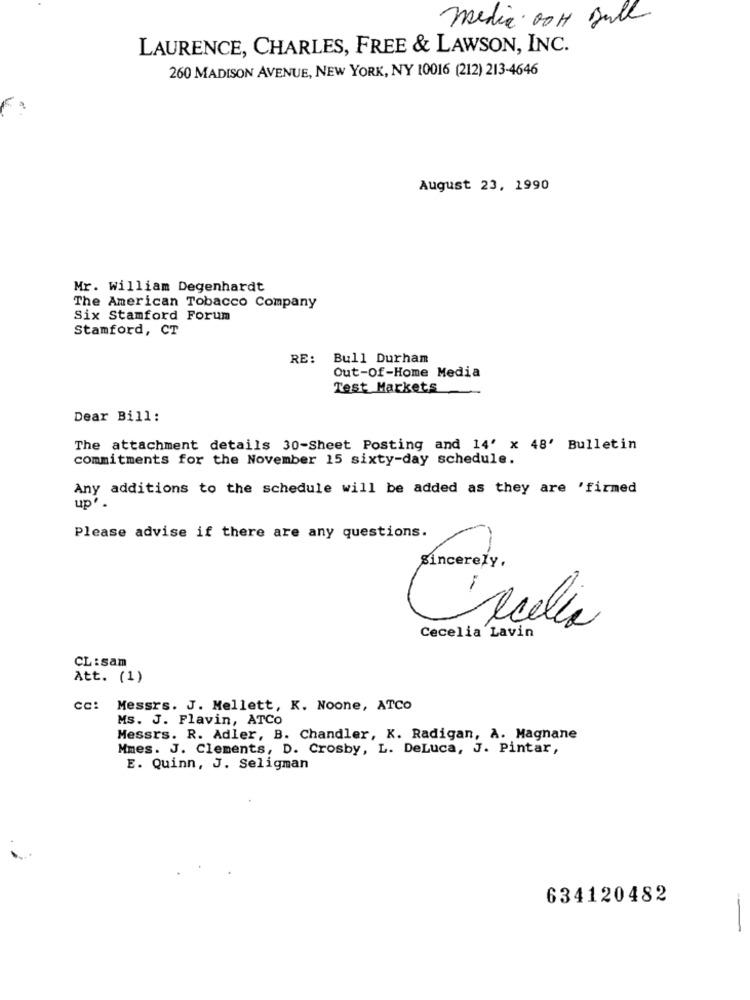
media. OOH Bull
LAURENCE, CHARLES, FREE & LAWSON, INC.
260 MADISON AVENUE, NEW YORK, NY 10016 (212) 213-4646
August 23, 1990
Mr. william Degenhardt
The American Tobacco Company
Six Stamford Forum
Stamford, CT
RE: Bull Durham
Out-Of-Home Media
Test Markets
Dear Bill:
The attachment details 30-Sheet Posting and 14' x 48' Bulletin
commitments for the November 15 sixty-day schedule.
Any additions to the schedule will be added as they are 'firmed
up' .
Please advise if there are any questions.
sincerely,
Della
Cecelia Lavin
CL:sam
Att. (1)
cc: Messrs. J. Mellett, K. Noone, ATCO
Ms. J. Flavin, ATCO
Messrs. R. Adler, B. Chandler, K. Radigan, A. Magnane
Mmes. J. Clements, D. Crosby, L. DeLuca, J. Pintar,
E. Quinn, J. Seligman
634120482
-